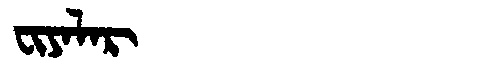
Manchu: ᠸᡳᠶᠠᠯᠠᡵ
Romanization: FIYALAR